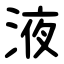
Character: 液